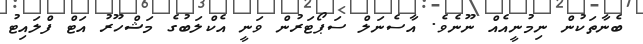
ބެނާތަކުން ނިމުނީއެއް ނޫނެވެ. އާސެނަލް ސަޕޯޓަރުން ވަނީ އެކްލަބުގެ މަޝްހޫރު އަޓް ފްލައިޓު